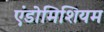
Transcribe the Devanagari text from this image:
एंडोमिशियम